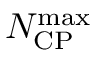
N _ { \mathrm { C P } } ^ { \mathrm { m a x } }